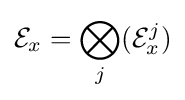
{\mathcal {E}}_{x}=\bigotimes _{j}({\cal {E}}_{x}^{j})